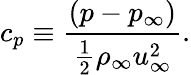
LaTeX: c_{p}\equiv\frac{\left(p-p_{\infty}\right)}{\frac{1}{2}\rho_{\infty}u_{\infty}^{2}}.